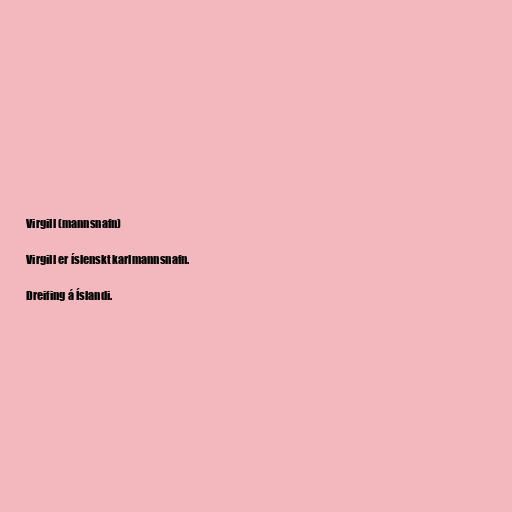
Virgill (mannsnafn)

Virgill er íslenskt karlmannsnafn.

Dreifing á Íslandi.